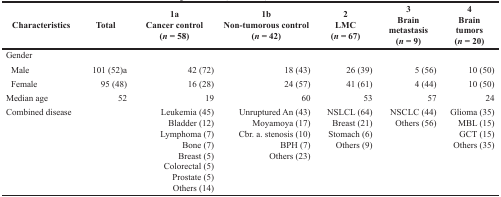
| Characteristics | Total | 1a Cancer control (n = 58) | 1b Non-tumorous control (n = 42) | 2 LMC (n = 67) | 3 Brain metastasis (n = 9) | 4 Brain tumors (n = 20) |
 | --- | --- | --- | --- | --- | --- | --- |
 | Gender |  |  |  |  |  |  |
 | Male | 101 (52)a | 42 (72) | 18 (43) | 26 (39) | 5 (56) | 10 (50) |
 | Female | 95 (48) | 16 (28) | 24 (57) | 41 (61) | 4 (44) | 10 (50) |
 | Median age | 52 | 19 | 60 | 53 | 57 | 24 |
 | Combined disease |  | Leukemia (45)Bladder (12)Lymphoma (7)Bone (7)Breast (5)Colorectal (5)Prostate (5)Others (14) | Unruptured An (43)Moyamoya (17)Cbr. a. stenosis (10)BPH (7)Others (23) | NSLCL (64)Breast (21)Stomach (6)Others (9) | NSCLC (44)Others (56) | Glioma (35)MBL (15)GCT (15)Others (35) |